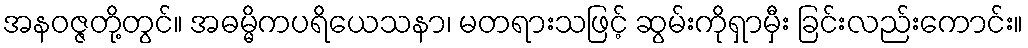
အနဝဇ္ဇတို့တွင်။ အဓမ္မိကပရိယေသနာ၊ မတရားသဖြင့် ဆွမ်းကိုရှာမှီး ခြင်းလည်းကောင်း။